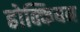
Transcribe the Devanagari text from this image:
होक्कियन